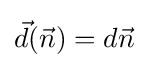
{\vec {d}}({\vec {n}})=d{\vec {n}}